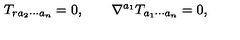
T _ { r a _ { 2 } \cdots a _ { n } } = 0 , \qquad \nabla ^ { a _ { 1 } } T _ { a _ { 1 } \cdots a _ { n } } = 0 ,